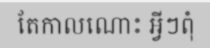
តែកាលណោះ អ្វីៗពុំ